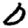
Digit: 0